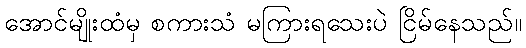
အောင်မျိုးထံမှ စကားသံ မကြားရသေးပဲ ငြိမ်နေသည်။